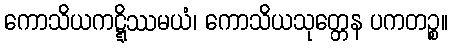
ကောသိယကဋ္ဋိဿမယံ၊ ကောသိယသုတ္တေန ပကတဉ္စ။